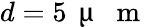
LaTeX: d=5\, \mathrm{~\textmu~{~}~m~}